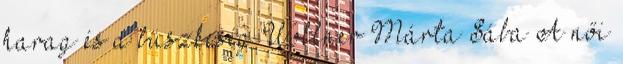
harag és a büszkeség Wollner Márta Sába A női